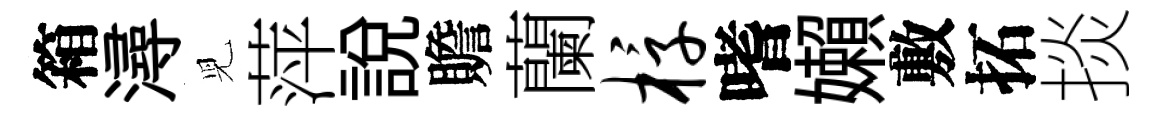
箱潯児萍說贍蘭椁嗜嬾敷拓掞